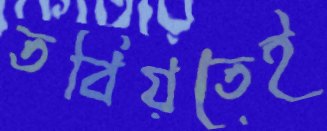
তবিয়তেই